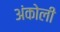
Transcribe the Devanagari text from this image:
अंकोली